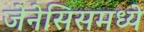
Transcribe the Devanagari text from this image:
जेनेसिसमध्ये